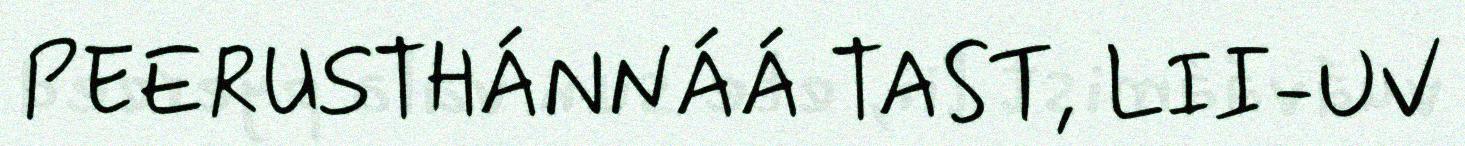
PEERUSTHÁNNÁÁ TAST, LII-UV